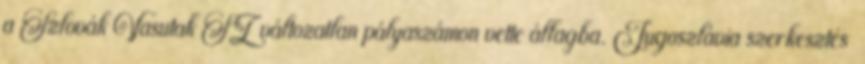
a Szlovák Vasutak SŽ változatlan pályaszámon vette állagba. Jugoszlávia szerkesztés